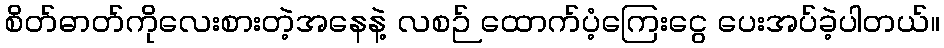
စိတ်ဓာတ်ကိုလေးစားတဲ့အနေနဲ့ လစဉ် ထောက်ပံ့ကြေးငွေ ပေးအပ်ခဲ့ပါတယ်။